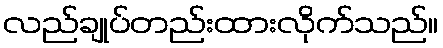
လည်ချုပ်တည်းထားလိုက်သည်။